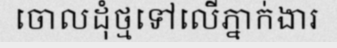
ចោលដុំថ្មទៅលើភ្នាក់ងារ